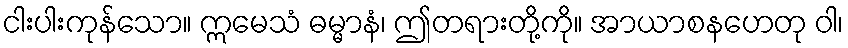
ငါးပါးကုန်သော။ ဣမေသံ ဓမ္မာနံ၊ ဤတရားတို့ကို။ အာယာစနဟေတု ဝါ၊